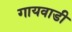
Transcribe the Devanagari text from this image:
गायवाडी